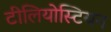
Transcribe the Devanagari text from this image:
टीलियोस्टियन